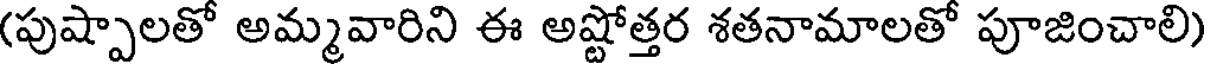
(పుష్పాలతో అమ్మవారిని ఈ అష్టోత్తర శతనామాలతో పూజించాలి)